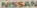
NISSAN